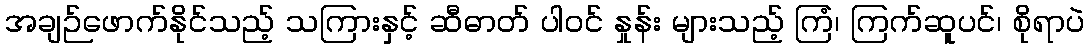
အချဉ်ဖောက်နိုင်သည့် သကြားနှင့် ဆီဓာတ် ပါဝင် နှုန်း များသည့် ကြံ၊ ကြက်ဆူပင်၊ စိုရာပဲ